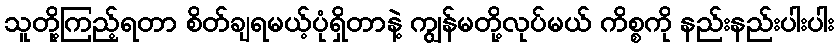
သူတို့ကြည့်ရတာ စိတ်ချရမယ့်ပုံရှိတာနဲ့ ကျွန်မတို့လုပ်မယ် ကိစ္စကို နည်းနည်းပါးပါး